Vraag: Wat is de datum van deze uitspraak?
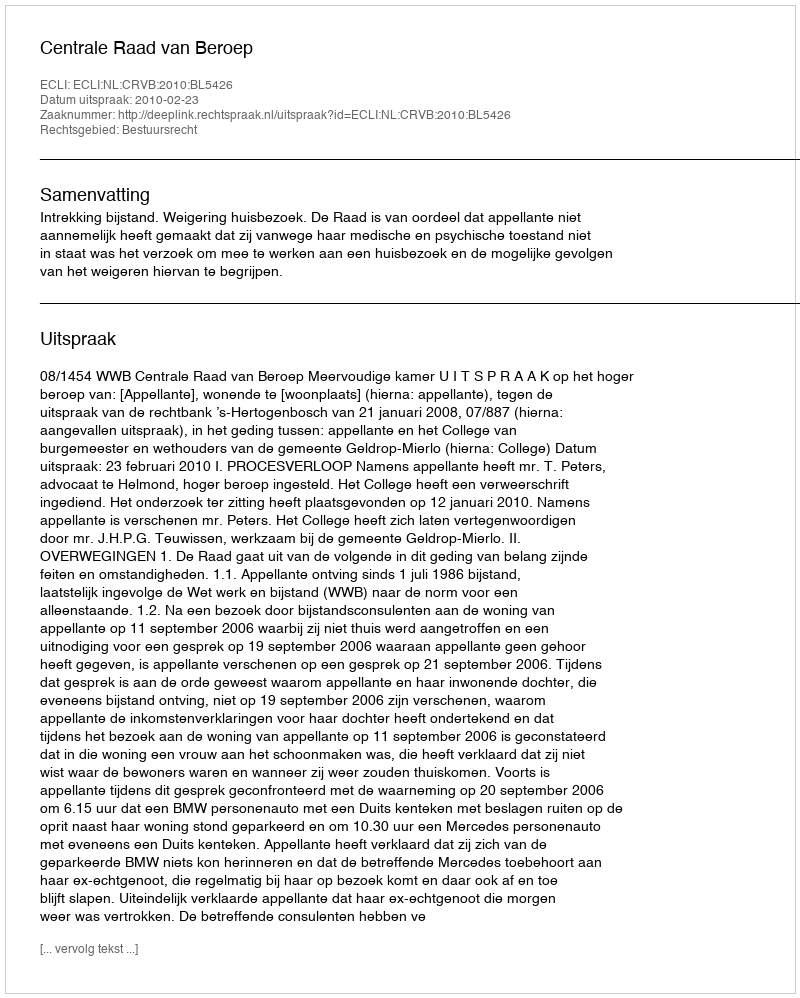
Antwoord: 2010-02-23